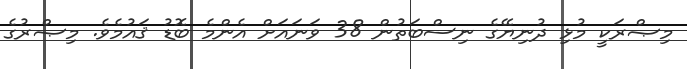
މިޞްރަކީ މުޅި ދުނިޔޭގެ ނިސްބަތުން 38 ވަނައަށް އެންމެ ބޮޑު ޤައުމެވެ. މިޞްރުގެ